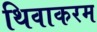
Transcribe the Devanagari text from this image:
थिवाकरम